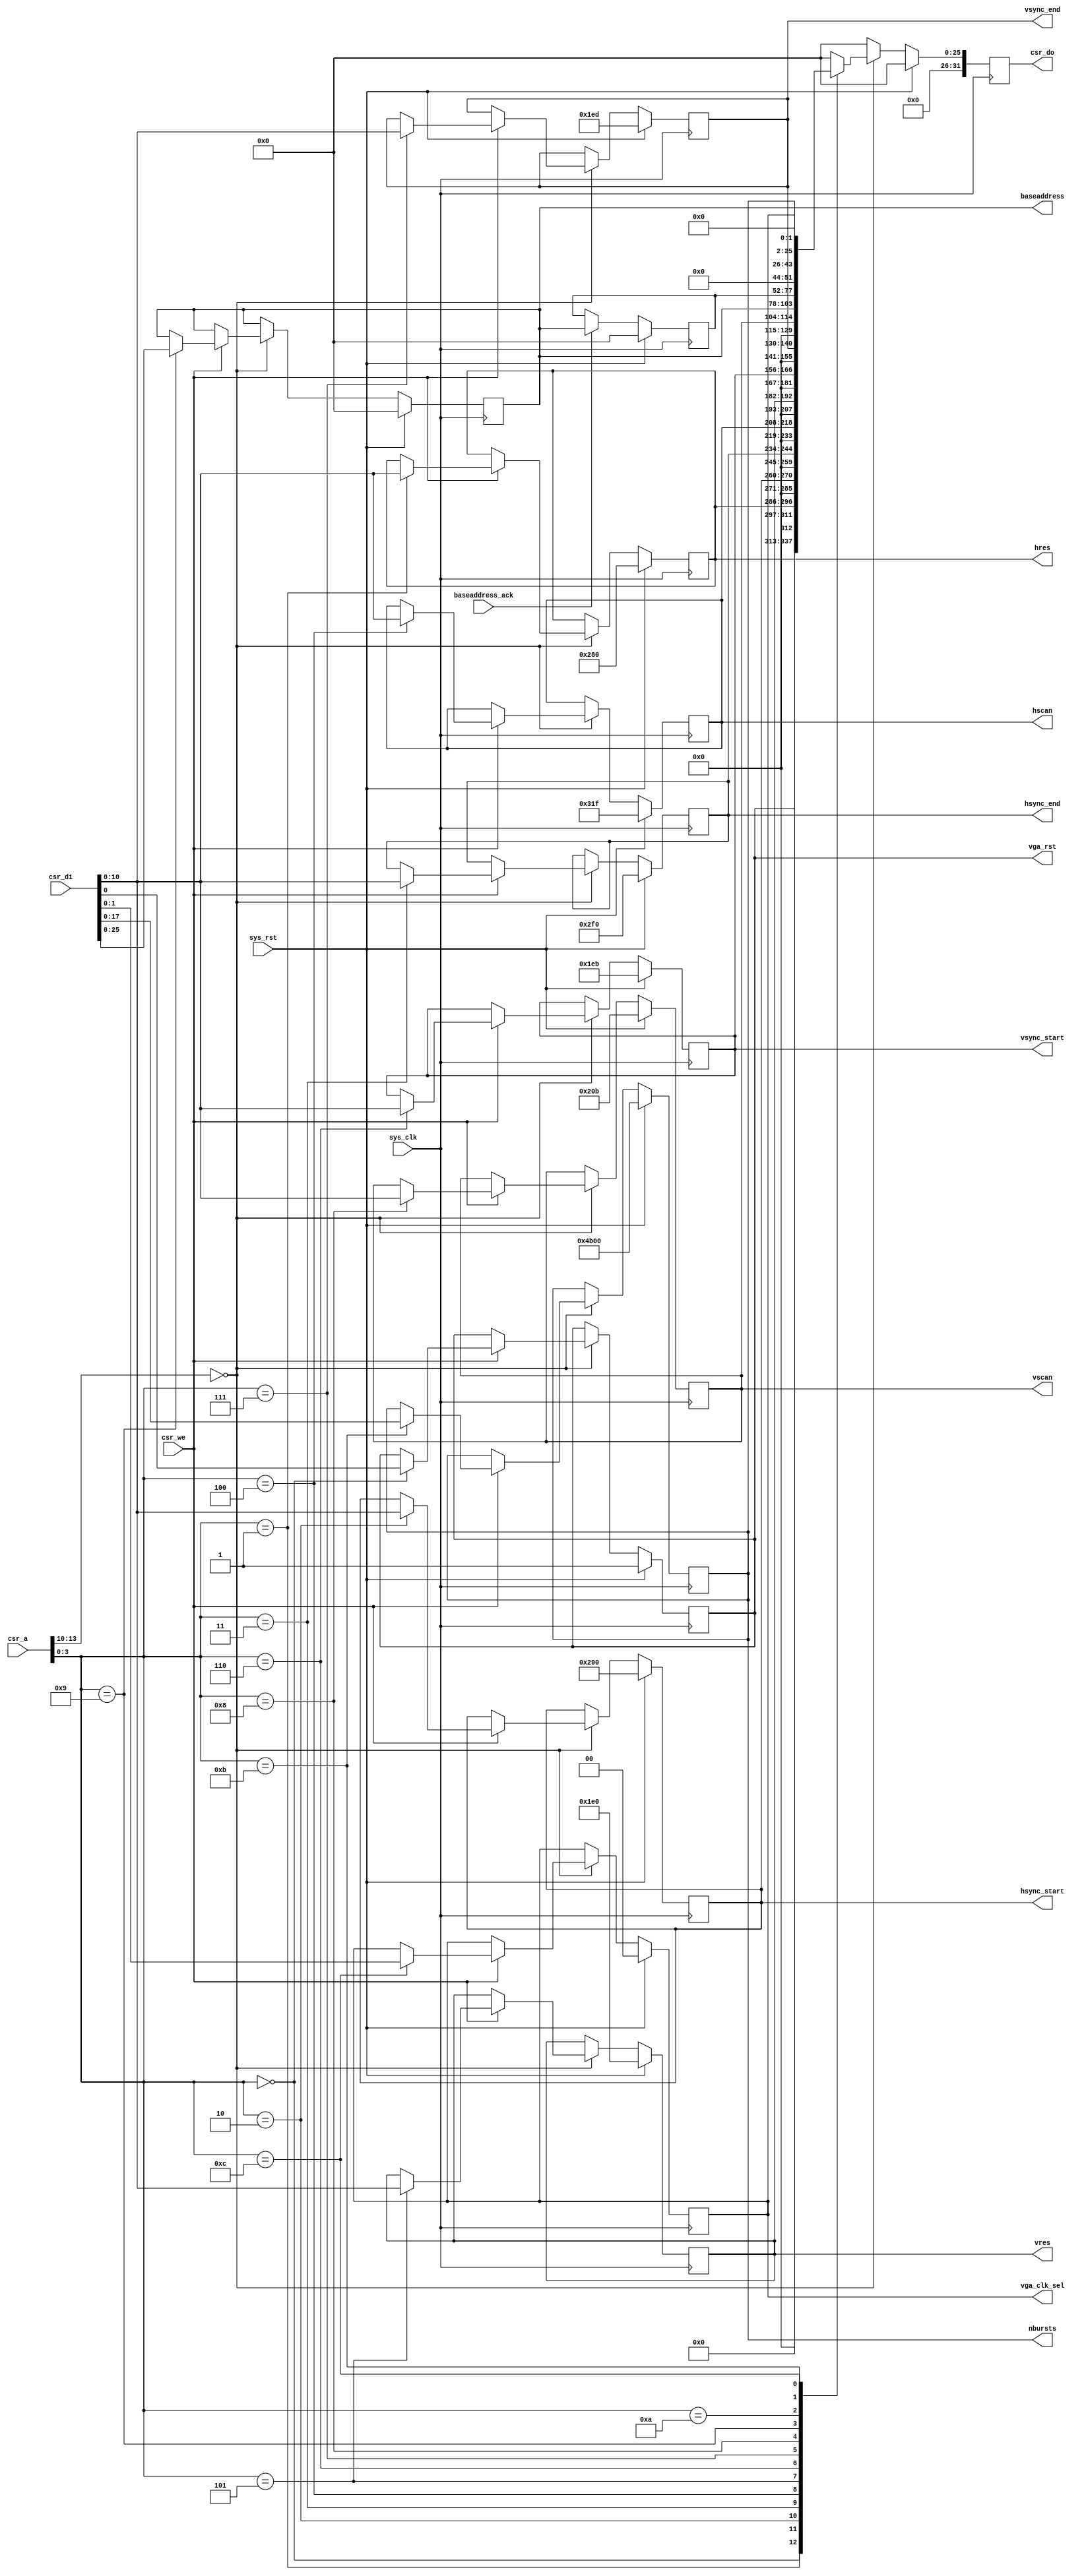
/*
 * Milkymist VJ SoC
 * Copyright (C) 2007, 2008, 2009 Sebastien Bourdeauducq
 *
 * This program is free software: you can redistribute it and/or modify
 * it under the terms of the GNU General Public License as published by
 * the Free Software Foundation, version 3 of the License.
 *
 * This program is distributed in the hope that it will be useful,
 * but WITHOUT ANY WARRANTY; without even the implied warranty of
 * MERCHANTABILITY or FITNESS FOR A PARTICULAR PURPOSE.  See the
 * GNU General Public License for more details.
 *
 * You should have received a copy of the GNU General Public License
 * along with this program.  If not, see <http://www.gnu.org/licenses/>.
 */

module vgafb_ctlif #(
	parameter csr_addr = 4'h0,
	parameter fml_depth = 26
) (
	input sys_clk,
	input sys_rst,
	
	input [13:0] csr_a,
	input csr_we,
	input [31:0] csr_di,
	output reg [31:0] csr_do,
	
	output reg vga_rst,
	
	output reg [10:0] hres,
	output reg [10:0] hsync_start,
	output reg [10:0] hsync_end,
	output reg [10:0] hscan,
	
	output reg [10:0] vres,
	output reg [10:0] vsync_start,
	output reg [10:0] vsync_end,
	output reg [10:0] vscan,
	
	output reg [fml_depth-1:0] baseaddress,
	input baseaddress_ack,
	
	output reg [17:0] nbursts,

	output reg [1:0] vga_clk_sel
);

reg [fml_depth-1:0] baseaddress_act;

always @(posedge sys_clk) begin
	if(sys_rst)
		baseaddress_act <= {fml_depth{1'b0}};
	else if(baseaddress_ack)
		baseaddress_act <= baseaddress;
end

wire csr_selected = csr_a[13:10] == csr_addr;

always @(posedge sys_clk) begin
	if(sys_rst) begin
		csr_do <= 32'd0;
		
		vga_rst <= 1'b1;
		
		hres <= 10'd640;
		hsync_start <= 10'd656;
		hsync_end <= 10'd752;
		hscan <= 10'd799;
		
		vres <= 10'd480;
		vsync_start <= 10'd491;
		vsync_end <= 10'd493;
		vscan <= 10'd523;
		
		baseaddress <= {fml_depth{1'b0}};
		
		nbursts <= 18'd19200;
		vga_clk_sel <= 2'd00;
	end else begin
		csr_do <= 32'd0;
		if(csr_selected) begin
			if(csr_we) begin
				case(csr_a[3:0])
					4'd0: vga_rst <= csr_di[0];
					4'd1: hres <= csr_di[10:0];
					4'd2: hsync_start <= csr_di[10:0];
					4'd3: hsync_end <= csr_di[10:0];
					4'd4: hscan <= csr_di[10:0];
					4'd5: vres <= csr_di[10:0];
					4'd6: vsync_start <= csr_di[10:0];
					4'd7: vsync_end <= csr_di[10:0];
					4'd8: vscan <= csr_di[10:0];
					4'd9: baseaddress <= csr_di[fml_depth-1:0];
					// 10: baseaddress_act is read-only for Wishbone
					4'd11: nbursts <= csr_di[17:0];
					4'd12: vga_clk_sel <= csr_di[1:0];
				endcase
			end
			
			case(csr_a[3:0])
				4'd0: csr_do <= vga_rst;
				4'd1: csr_do <= hres;
				4'd2: csr_do <= hsync_start;
				4'd3: csr_do <= hsync_end;
				4'd4: csr_do <= hscan;
				4'd5: csr_do <= vres;
				4'd6: csr_do <= vsync_start;
				4'd7: csr_do <= vsync_end;
				4'd8: csr_do <= vscan;
				4'd9: csr_do <= baseaddress;
				4'd10: csr_do <= baseaddress_act;
				4'd11: csr_do <= nbursts;
				4'd12: csr_do <= vga_clk_sel;
			endcase
		end
	end
end

endmodule